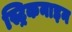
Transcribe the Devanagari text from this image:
स्ट्रिकनाइन